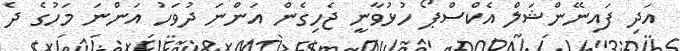
އަދި ފައިނޭންޝަލް އެކްސްޕޯ ހުޅުވާނީ ޖެހިގެން އަންނަ ދުވަހު އަންނަ މަހުގެ ދެ